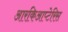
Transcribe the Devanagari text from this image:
आरकिआप्टेरिस